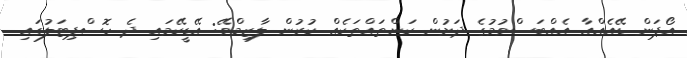
އޯޕަން ޑޭއެއްއާ އެއްބަސްވުމުގެ ދަށުން ކަންތައްތަކެއް ކުރުން ލާޒިމްވޭ: އޭޑީކޭމައި ދެ ހޮސްޕިޓަލުގައި